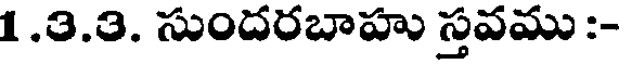
1.3.3. సుందరబాహు స్తవము :-